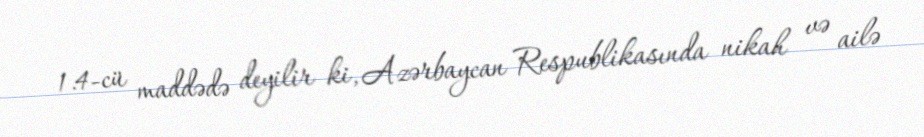
1.4-cü maddədə deyilir ki, Azərbaycan Respublikasında nikah və ailə